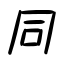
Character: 同